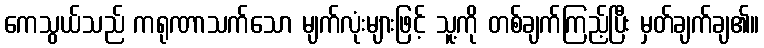
ကေသွယ်သည် ကရုဏာသက်သော မျက်လုံးများဖြင့် သူ့ကို တစ်ချက်ကြည့်ပြီး မှတ်ချက်ချ၏။